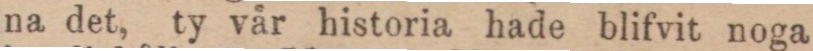
na det, ty vår historia hade blifvit noga